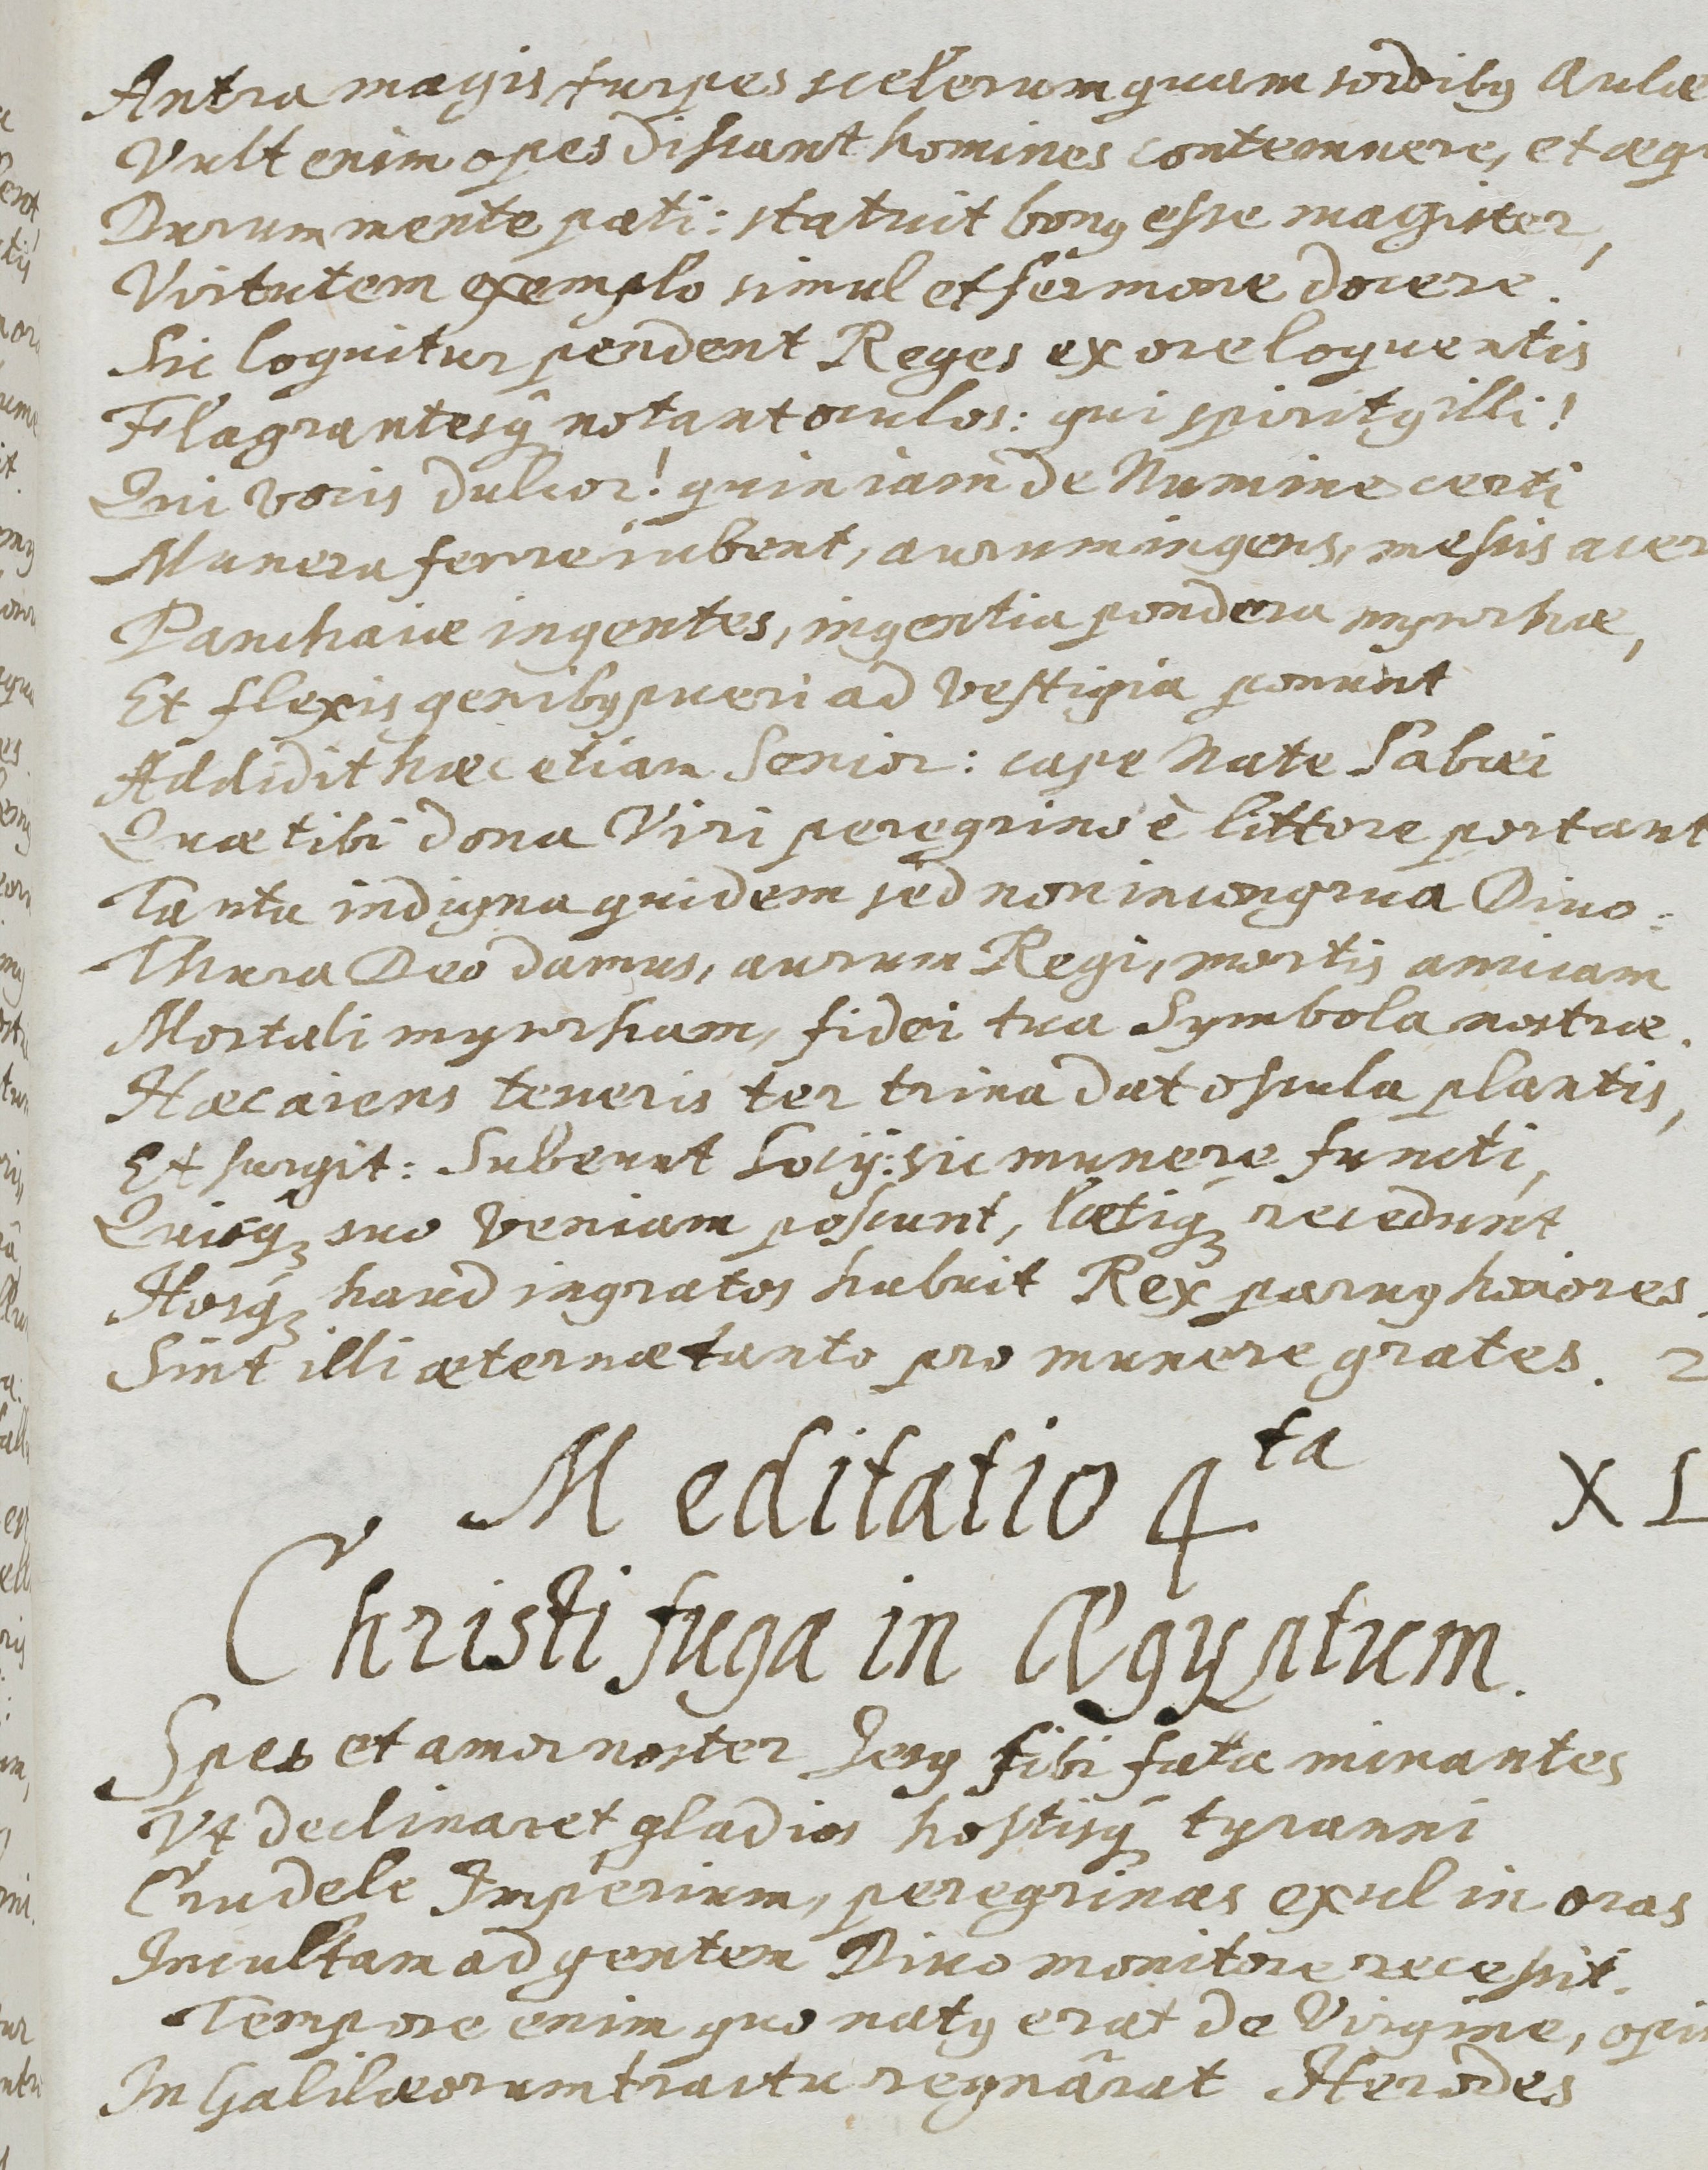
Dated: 1655–1655